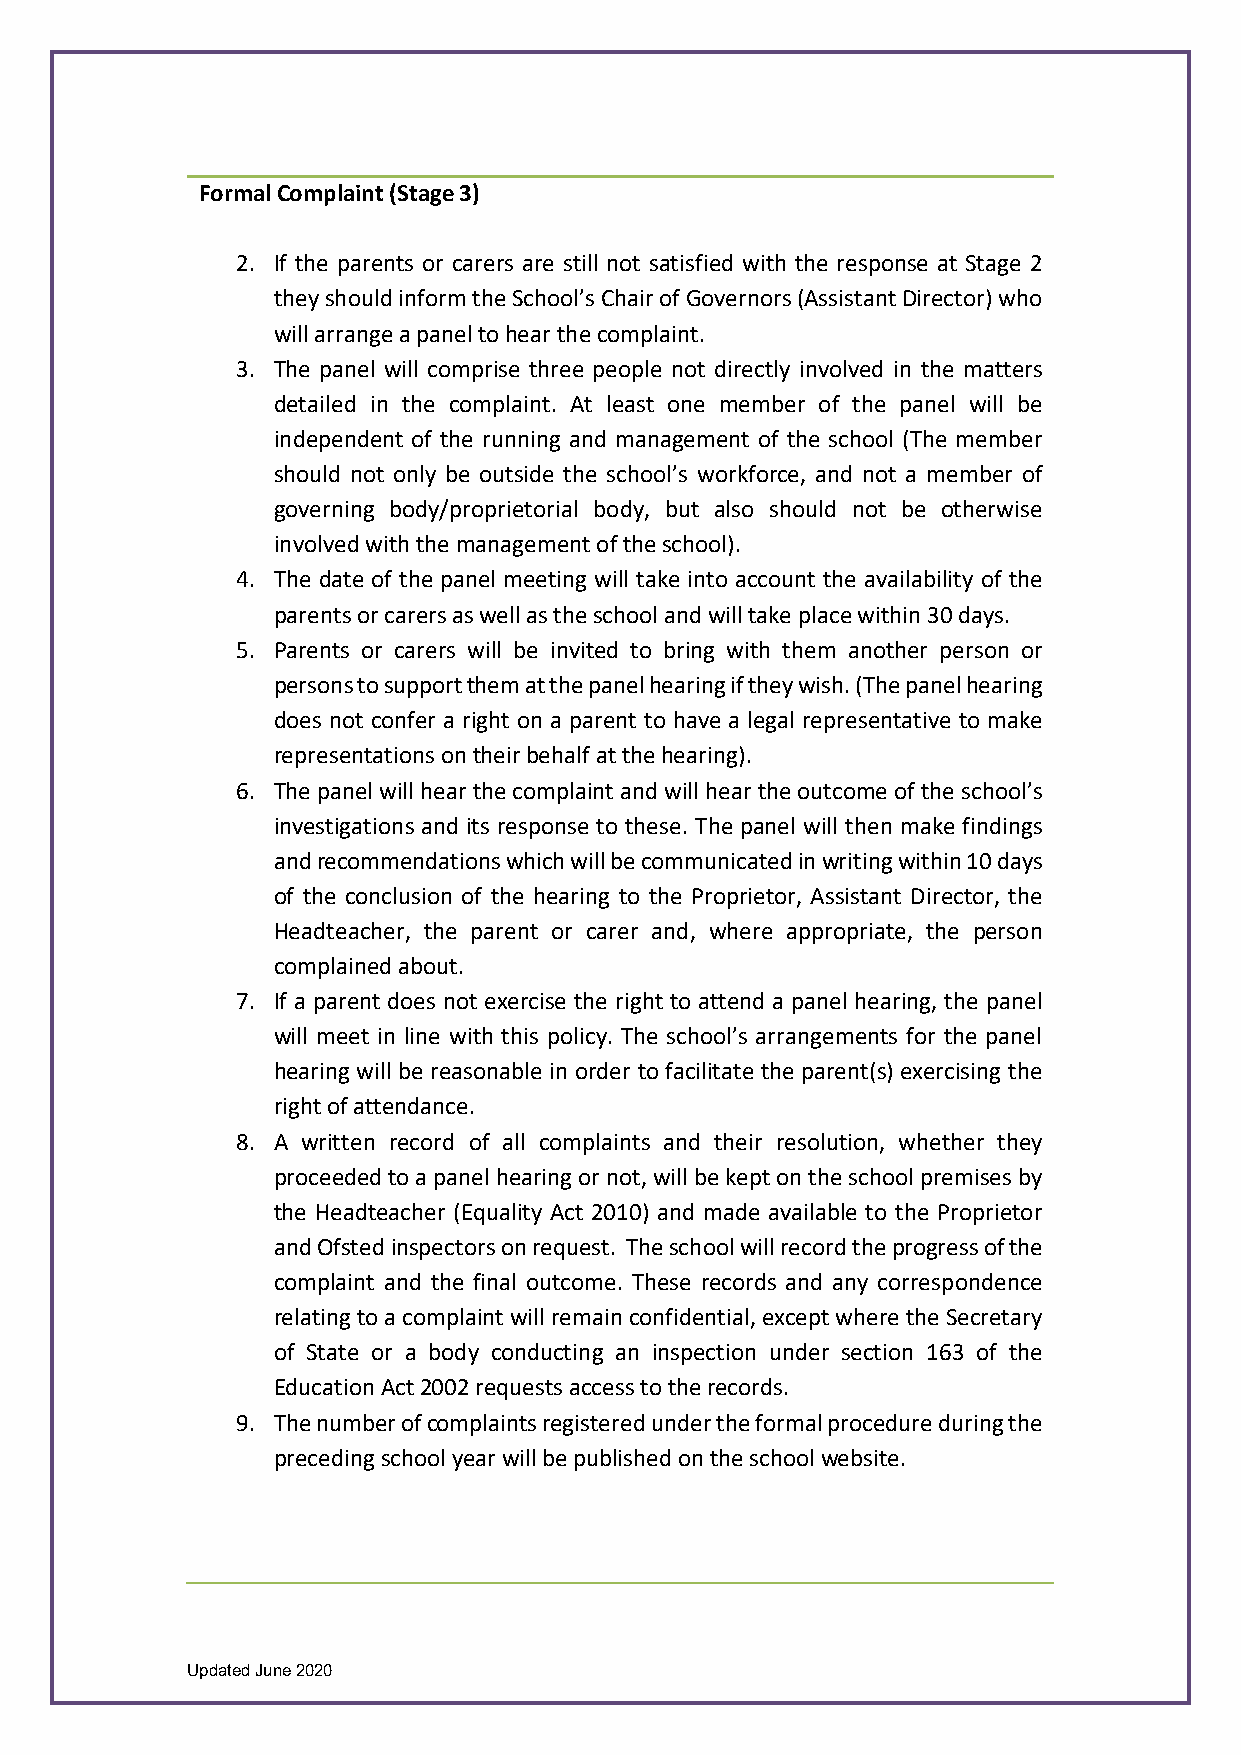
Formal Complaint (Stage 3)
 2. If the parents or carers are still not satisfied with the response at Stage 2
 they should inform the School’s Chair of Governors (Assistant Director) who
 will arrange a panel to hear the complaint.
 3. The panel will comprise three people not directly involved in the matters
 detailed in the complaint. At least one member of the panel will be
 independent of the running and management of the school (The member
 should not only be outside the school’s workforce, and not a member of
 governing body/proprietorial body, but also should not be otherwise
 involved with the management of the school).
 4. The date of the panel meeting will take into account the availability of the
 parents or carers as well as the school and will take place within 30 days.
 5. Parents or carers will be invited to bring with them another person or
 persons to support them at the panel hearing if they wish. (The panel hearing
 does not confer a right on a parent to have a legal representative to make
 representations on their behalf at the hearing).
 6. The panel will hear the complaint and will hear the outcome of the school’s
 investigations and its response to these. The panel will then make findings
 and recommendations which will be communicated in writing within 10 days
 of the conclusion of the hearing to the Proprietor, Assistant Director, the
 Headteacher, the parent or carer and, where appropriate, the person
 complained about.
 7. If a parent does not exercise the right to attend a panel hearing, the panel
 will meet in line with this policy. The school’s arrangements for the panel
 hearing will be reasonable in order to facilitate the parent(s) exercising the
 right of attendance.
 8. A written record of all complaints and their resolution, whether they
 proceeded to a panel hearing or not, will be kept on the school premises by
 the Headteacher (Equality Act 2010) and made available to the Proprietor
 and Ofsted inspectors on request. The school will record the progress of the
 complaint and the final outcome. These records and any correspondence
 relating to a complaint will remain confidential, except where the Secretary
 of State or a body conducting an inspection under section 163 of the
 Education Act 2002 requests access to the records.
 9. The number of complaints registered under the formal procedure during the
 preceding school year will be published on the school website.
 Updated June 2020